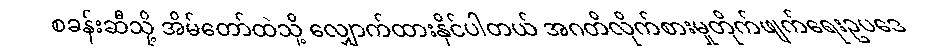
စခန်းဆီသို့ အိမ်တော်ထဲသို့ လျှောက်ထားနိုင်ပါတယ် အဂတိလိုက်စားမှုတိုက်ဖျက်ရေးဥပဒေ